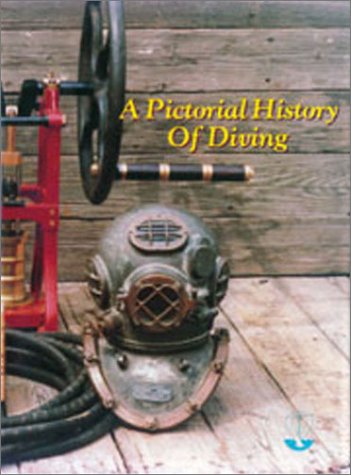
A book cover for Pictorial History of Diving; Barbara M. Desiderati; Sports & Outdoors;